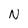
Character: N